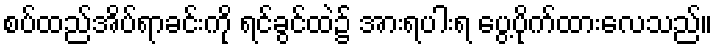
စပ်ထည်အိပ်ရာခင်းကို ရင်ခွင်ထဲ၌ အားရပါးရ ပွေ့ပိုက်ထားလေသည်။